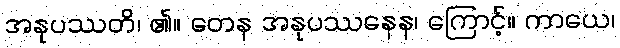
အနုပဿတိ၊ ၏။ တေန အနုပဿနေန၊ ကြောင့်။ ကာယေ၊